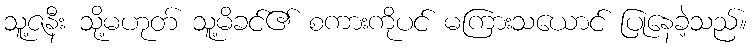
သူ့ဇနီး သို့မဟုတ် သူ့မိခင်၏ စကားကိုပင် မကြားသယောင် ပြုနေခဲ့သည်။